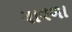
ચાવળા